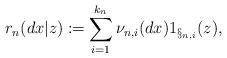
LaTeX: \begin{align*}r_n(dx|z) \coloneqq \sum_{i=1}^{k_n} \nu_{n,i}(dx) 1_{\S_{n,i}}(z), \end{align*}